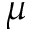
\mu